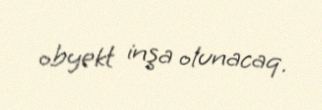
obyekt inşa olunacaq.